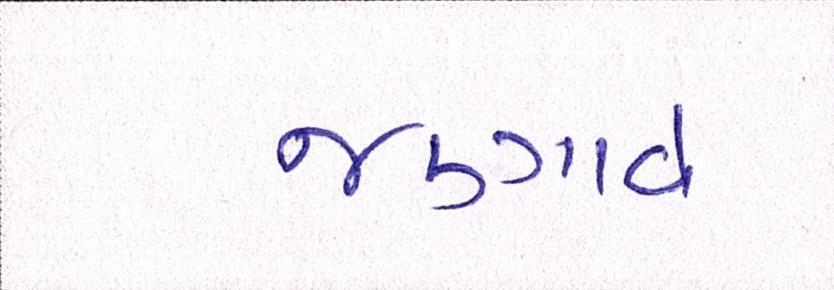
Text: જણાવે